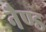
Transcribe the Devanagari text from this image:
नैण्ड